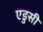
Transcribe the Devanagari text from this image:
एडुसी